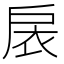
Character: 扆